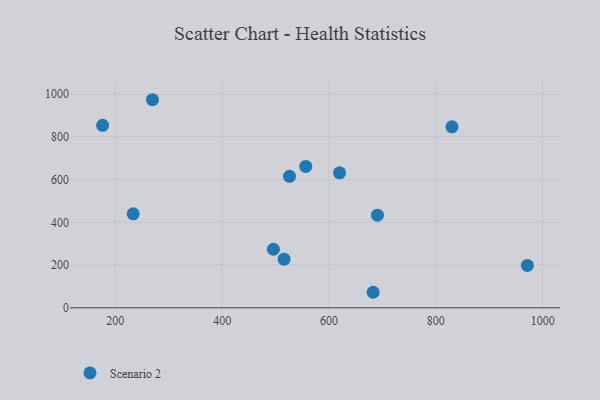
{"axis": {"x": "Speed", "y": "Fuel Efficiency"}, "legend": ["Scenario 2"], "data": [{"x": "556.5", "y": 661.7, "type": "Scenario 2"}, {"x": "515.9", "y": 227.6, "type": "Scenario 2"}, {"x": "269.5", "y": 973.7, "type": "Scenario 2"}, {"x": "682.7", "y": 72.6, "type": "Scenario 2"}, {"x": "233.4", "y": 439.9, "type": "Scenario 2"}, {"x": "971.4", "y": 198.3, "type": "Scenario 2"}, {"x": "526.1", "y": 615.4, "type": "Scenario 2"}, {"x": "495.9", "y": 273.9, "type": "Scenario 2"}, {"x": "830.2", "y": 846.7, "type": "Scenario 2"}, {"x": "690.8", "y": 433.5, "type": "Scenario 2"}, {"x": "619.8", "y": 631.8, "type": "Scenario 2"}, {"x": "176.2", "y": 853.9, "type": "Scenario 2"}]}